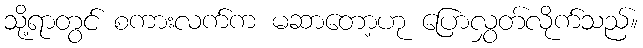
သို့ရာတွင် စကားလက်က မဆာတော့ဟု ပြောလွှတ်လိုက်သည်။